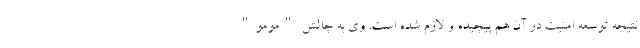
نتیجه توسعه امنیت در آن هم پیچیده و لازم شده است. وی به چالش "مومو"